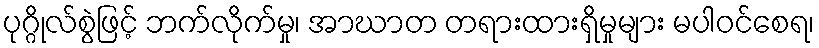
ပုဂ္ဂိုလ်စွဲဖြင့် ဘက်လိုက်မှု၊ အာဃာတ တရားထားရှိမှုများ မပါဝင်စေရ၊